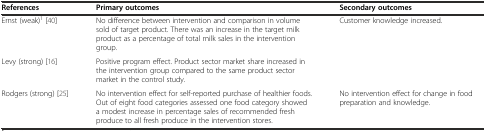
<table><thead><tr><td><b>References</b></td><td><b>Primary outcomes</b></td><td><b>Secondary outcomes</b></td></tr></thead><tbody><tr><td>Ernst (weak)<sup>1</sup>[40]</td><td>No difference between intervention and comparison in volume sold of target product. There was an increase in the target milk product as a percentage of total milk sales in the intervention group.</td><td>Customer knowledge increased.</td></tr><tr><td>Levy (strong) [16]</td><td>Positive program effect. Product sector market share increased in the intervention group compared to the same product sector market in the control study.</td><td></td></tr><tr><td>Rodgers (strong) [25]</td><td>No intervention effect for self-reported purchase of healthier foods. Out of eight food categories assessed one food category showed a modest increase in percentage sales of recommended fresh produce to all fresh produce in the intervention stores.</td><td>No intervention effect for change in food preparation and knowledge.</td></tr></tbody></table>